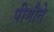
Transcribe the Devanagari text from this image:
पीमौते